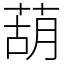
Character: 葫